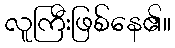
လူကြီးဖြစ်နေ၏။